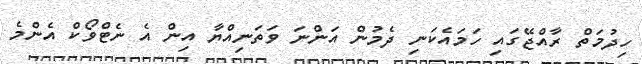
ހިދުމަތް ރާއްޖޭގައި ހަމައެކަނި ދެމުން އަންނަ ވަތަނިއްޔާ އިން އެ ނެޓްވޯކް އެންމެ